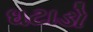
ધટાડો